Indian journal of veterinary science and animal husbandry - Volume 4,
Year: 1934
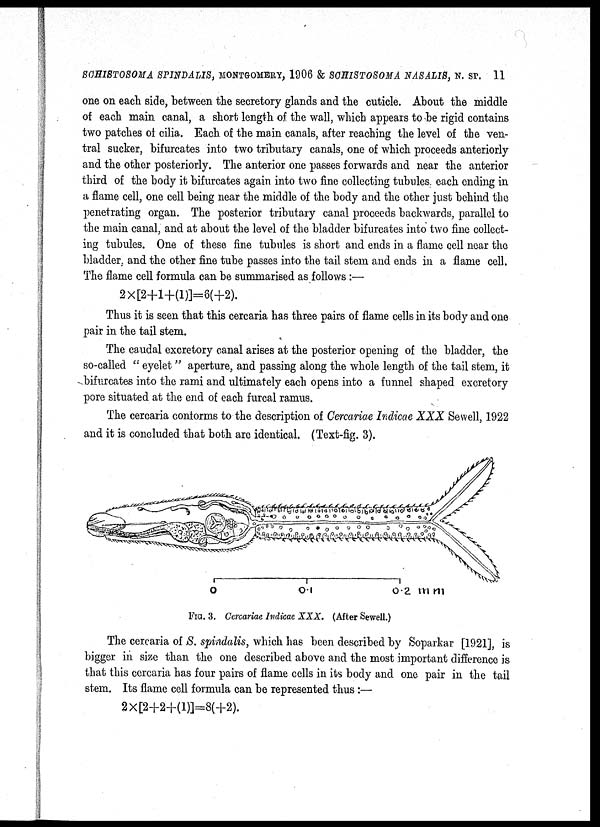
SCHISTOSOMA SPINDALIS, MONTGOMERY, 1906 & SCHISTOSOMA NASALIS, N. SP. 11
one on each side, between the secretory glands and the cuticle. About the middle
of each main canal, a short length of the wall, which appears to be rigid contains
two patches of cilia. Each of the main canals, after reaching the level of the ven-
tral sucker, bifurcates into two tributary canals, one of which proceeds anteriorly
and the other posteriorly. The anterior one passes forwards and near the anterior
third of the body it bifurcates again into two fine collecting tubules each ending in
a flame cell, one cell being near the middle of the body and the other just behind the
penetrating organ. The posterior tributary canal proceeds backwards, parallel to
the main canal, and at about the level of the bladder bifurcates into two fine collect-
ing tubules. One of these fine tubules is short and ends in a flame cell near the
bladder, and the other fine tube passes into the tail stem and ends in a flame cell.
The flame cell formula can be summarised as follows:—
2×[2+1+(1)]=6(+2).
Thus it is seen that this cercaria has three pairs of flame cells in its body and one
pair in the tail stem.
The caudal excretory canal arises at the posterior opening of the bladder, the
so-called " eyelet" aperture, and passing along the whole length of the tail stem, it
bifurcates into the rami and ultimately each opens into a funnel shaped excretory
pore situated at the end of each furcal ramus.
The cercaria conforms to the description of Cercariae Indicae XXX Sewell, 1922
and it is concluded that both are identical. (Text-fig. 3).
FIG. 3. Cercariae Indicae XXX. (After Sewell.)
The cercaria of S. spindalis, which has been described by Soparkar [1921], is
bigger in size than the one described above and the most important difference is
that this cercaria has four pairs of flame cells in its body and one pair in the tail
stem. Its flame cell formula can be represented thus :—
2×[2+2+(1)]=8(+2).